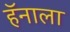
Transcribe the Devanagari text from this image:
हॅनाला